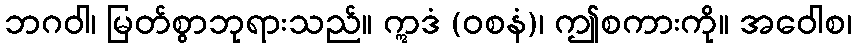
ဘဂဝါ၊ မြတ်စွာဘုရားသည်။ ဣဒံ (ဝစနံ)၊ ဤစကားကို။ အဝေါစ၊